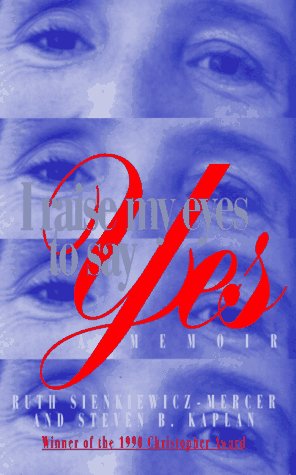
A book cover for I Raise My Eyes to Say Yes; Ruth Sienkiewicz-Mercer; Biographies & Memoirs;